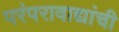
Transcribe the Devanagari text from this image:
परंपरावाद्यांची